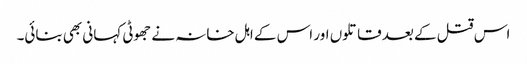
اس قتل کے بعد قاتلوں اور اس کے اہل خانہ نے جھوٹی کہانی بھی بنائی۔